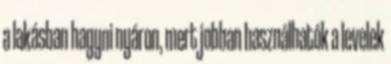
a lakásban hagyni nyáron, mert jobban használhatók a levelek